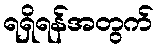
ရရှိရန်အတွက်